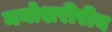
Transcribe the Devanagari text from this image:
मनोशरीरीय